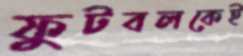
ফুটবলকেই